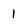
Character: 1